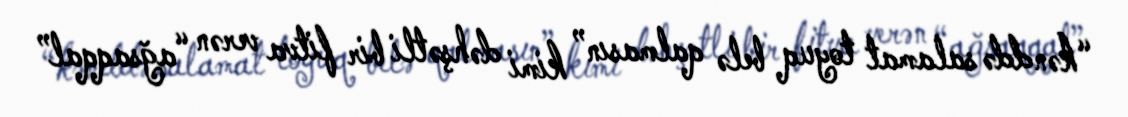
“kənddə salamat toyuq belə qalmasın” kimi dəhşətli bir fitva verən “ağsaqqal”